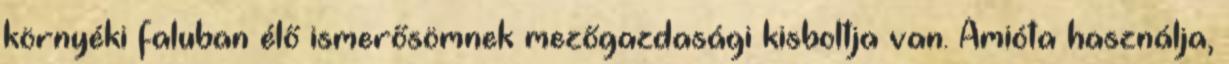
környéki faluban élő ismerősömnek mezőgazdasági kisboltja van. Amióta használja,